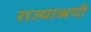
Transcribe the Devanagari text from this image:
राज्याश्रयी